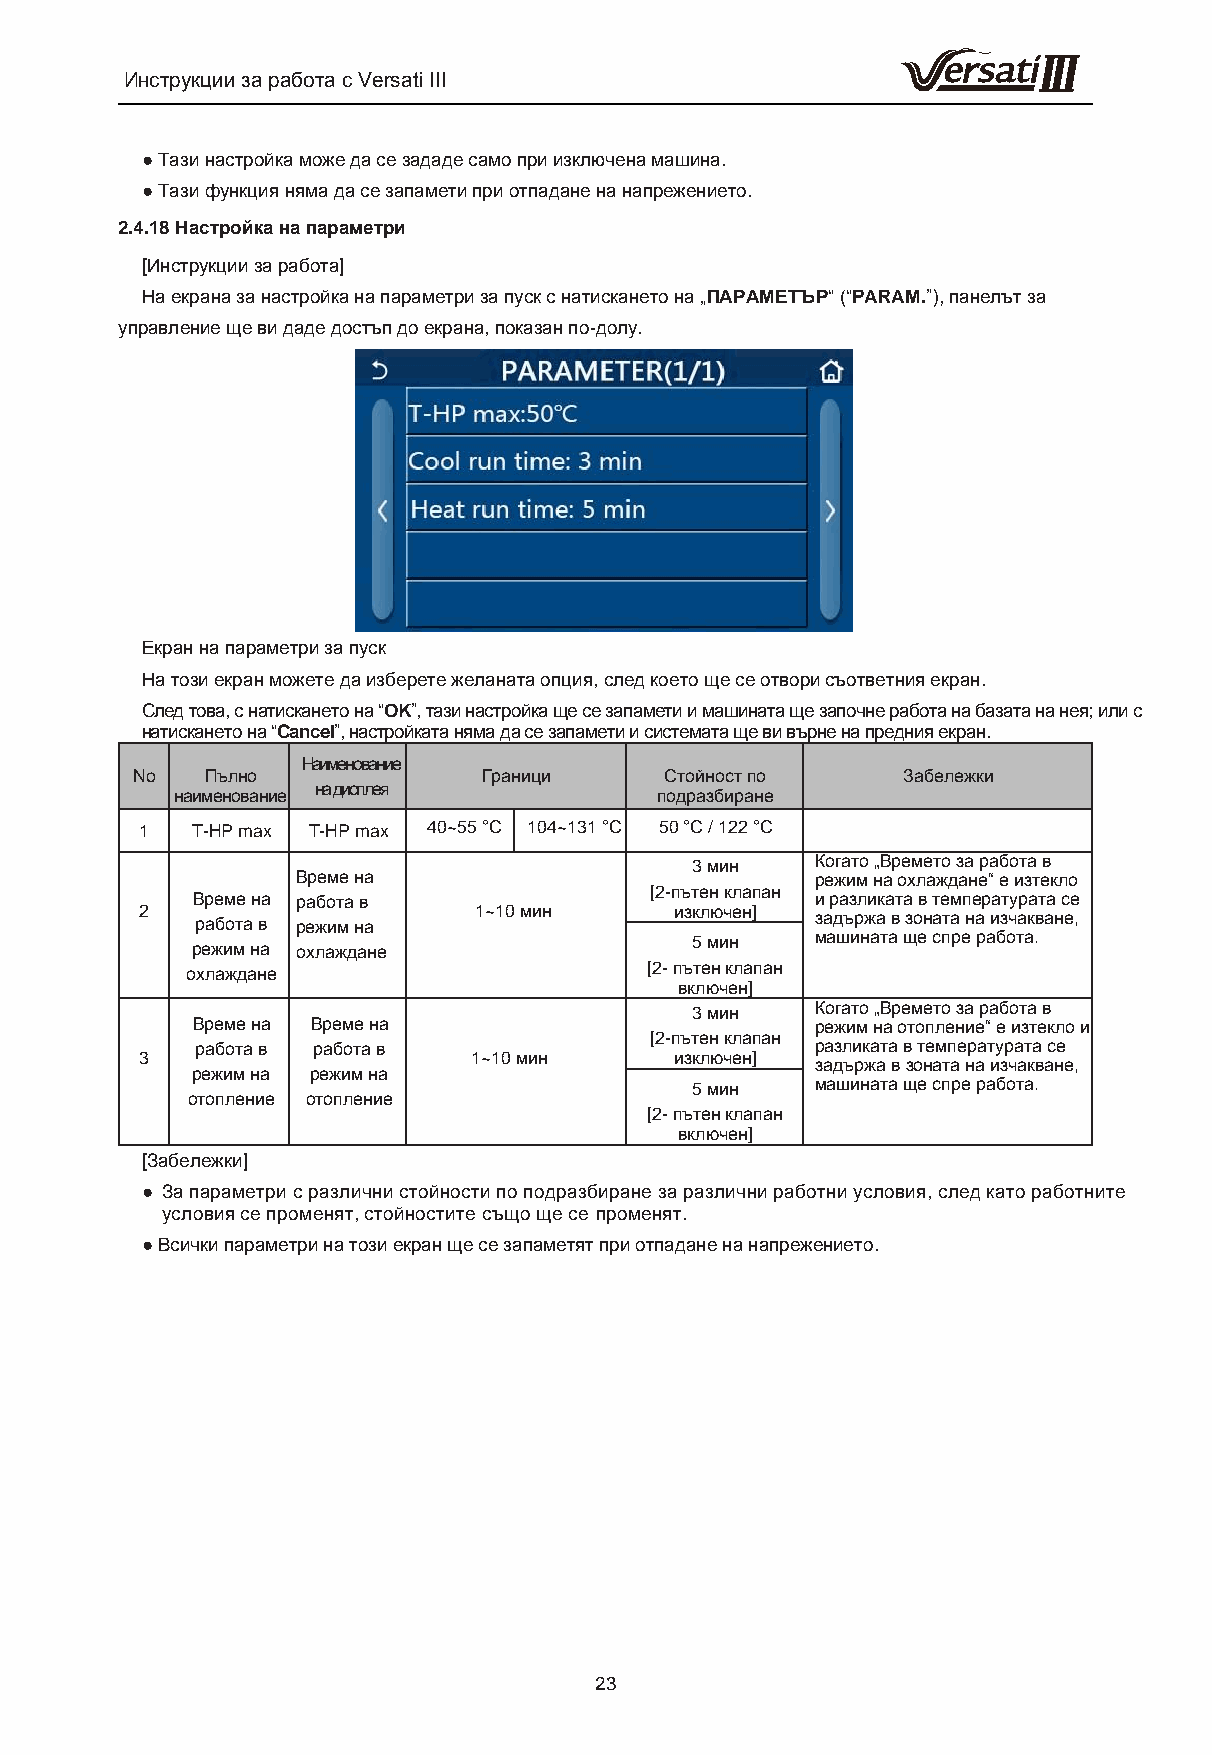
Инструкции за работа с Versati III
 ● Тази настройка може да се зададе само при изключена машина.
 ● Тази функция няма да се запамети при отпадане на напрежението.
 2.4.18 Настройка на параметри
 [Инструкции за работа]
 На екрана за настройка на параметри за пуск с натискането на „ПАРАМЕТЪР“ (“PARAM.”), панелът за
 управление ще ви даде достъп до екрана, показан по-долу.
 Екран на параметри за пуск
 На този екран можете да изберете желаната опция, след което ще се отвори съответния екран.
 След това, с натискането на “OK”, тази настройка ще се запамети и машината ще започне работа на базата на нея; или с
 натискането на “Cancel”, настройката няма да се запамети и системата ще ви върне на предния екран.
 Наименование
 No   Пълно             Граници     Стойност по     Забележки
 на дисплея
 наименование                   подразбиране
 1   T-HP max T-HP max 40~55 °C 104~131 °C 50 °C / 122 °C
 3 мин   Когато „Времето за работа в
 Време на
 [2-пътен клапан
 режим на охлаждане“ е изтекло
 Време на работа в                        и разликата в температурата се
 2   работа в режим на 1~10 мин      изключен] задържа в зоната на изчакване,
 5 мин   машината ще спре работа.
 режим на охлаждане
 [2- пътен клапан
 охлаждане
 включен]
 3 мин   Когато „Времето за работа в
 Време на Време на
 [2-пътен клапан
 режим на отопление“ е изтекло и
 работа в работа в                        разликата в температурата се
 3                     1~10 мин      изключен]
 задържа в зоната на изчакване,
 режим на режим на
 5 мин   машината ще спре работа.
 отопление отопление
 [2- пътен клапан
 включен]
 [Забележки]
 ● За параметри с различни стойности по подразбиране за различни работни условия, след като работните
 условия се променят, стойностите също ще се променят.
 ● Всички параметри на този екран ще се запаметят при отпадане на напрежението.
 23